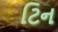
ટિન